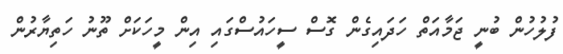
ފުލުހުން ބުނީ ޖަމާއަތް ހަދައިގެން ގޮސް ސީހައުސްގައި އިން މީހަކަށް ތޫނު ހަތިޔާރުން